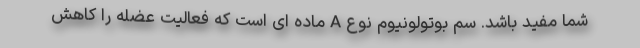
شما مفید باشد. سم بوتولونیوم نوع A ماده ای است که فعالیت عضله را کاهش